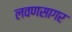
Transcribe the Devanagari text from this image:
लवणसागर